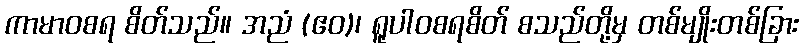
ကာမာဝစရ စိတ်သည်။ အညံ (ဧဝ)၊ ရူပါဝစရစိတ် စသည်တို့မှ တစ်မျိုးတစ်ခြား